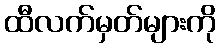
ထီလက်မှတ်များကို